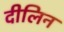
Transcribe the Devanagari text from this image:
दीलिन